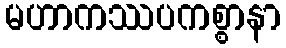
မဟာကဿပကစ္စာနာ